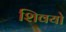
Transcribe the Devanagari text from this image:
शिवयो